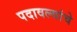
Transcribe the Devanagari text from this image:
पदावल्यांचे